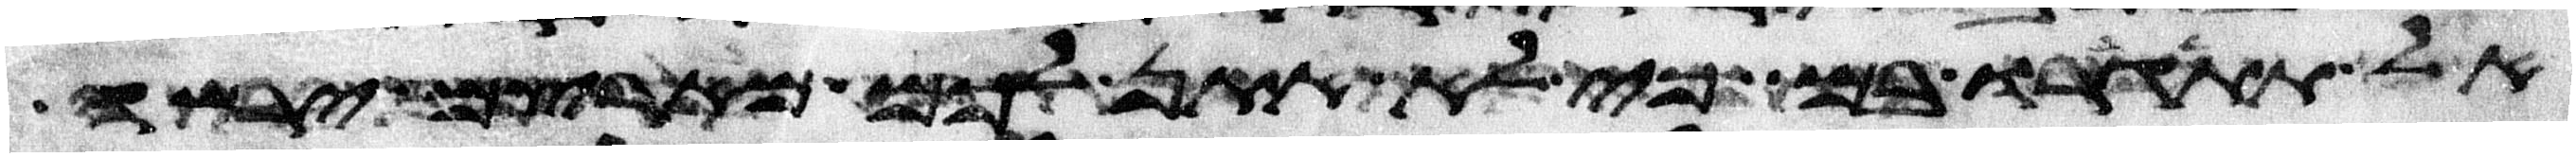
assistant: אל תתגרו בם כי לא אתן לכם מארצם ירשה